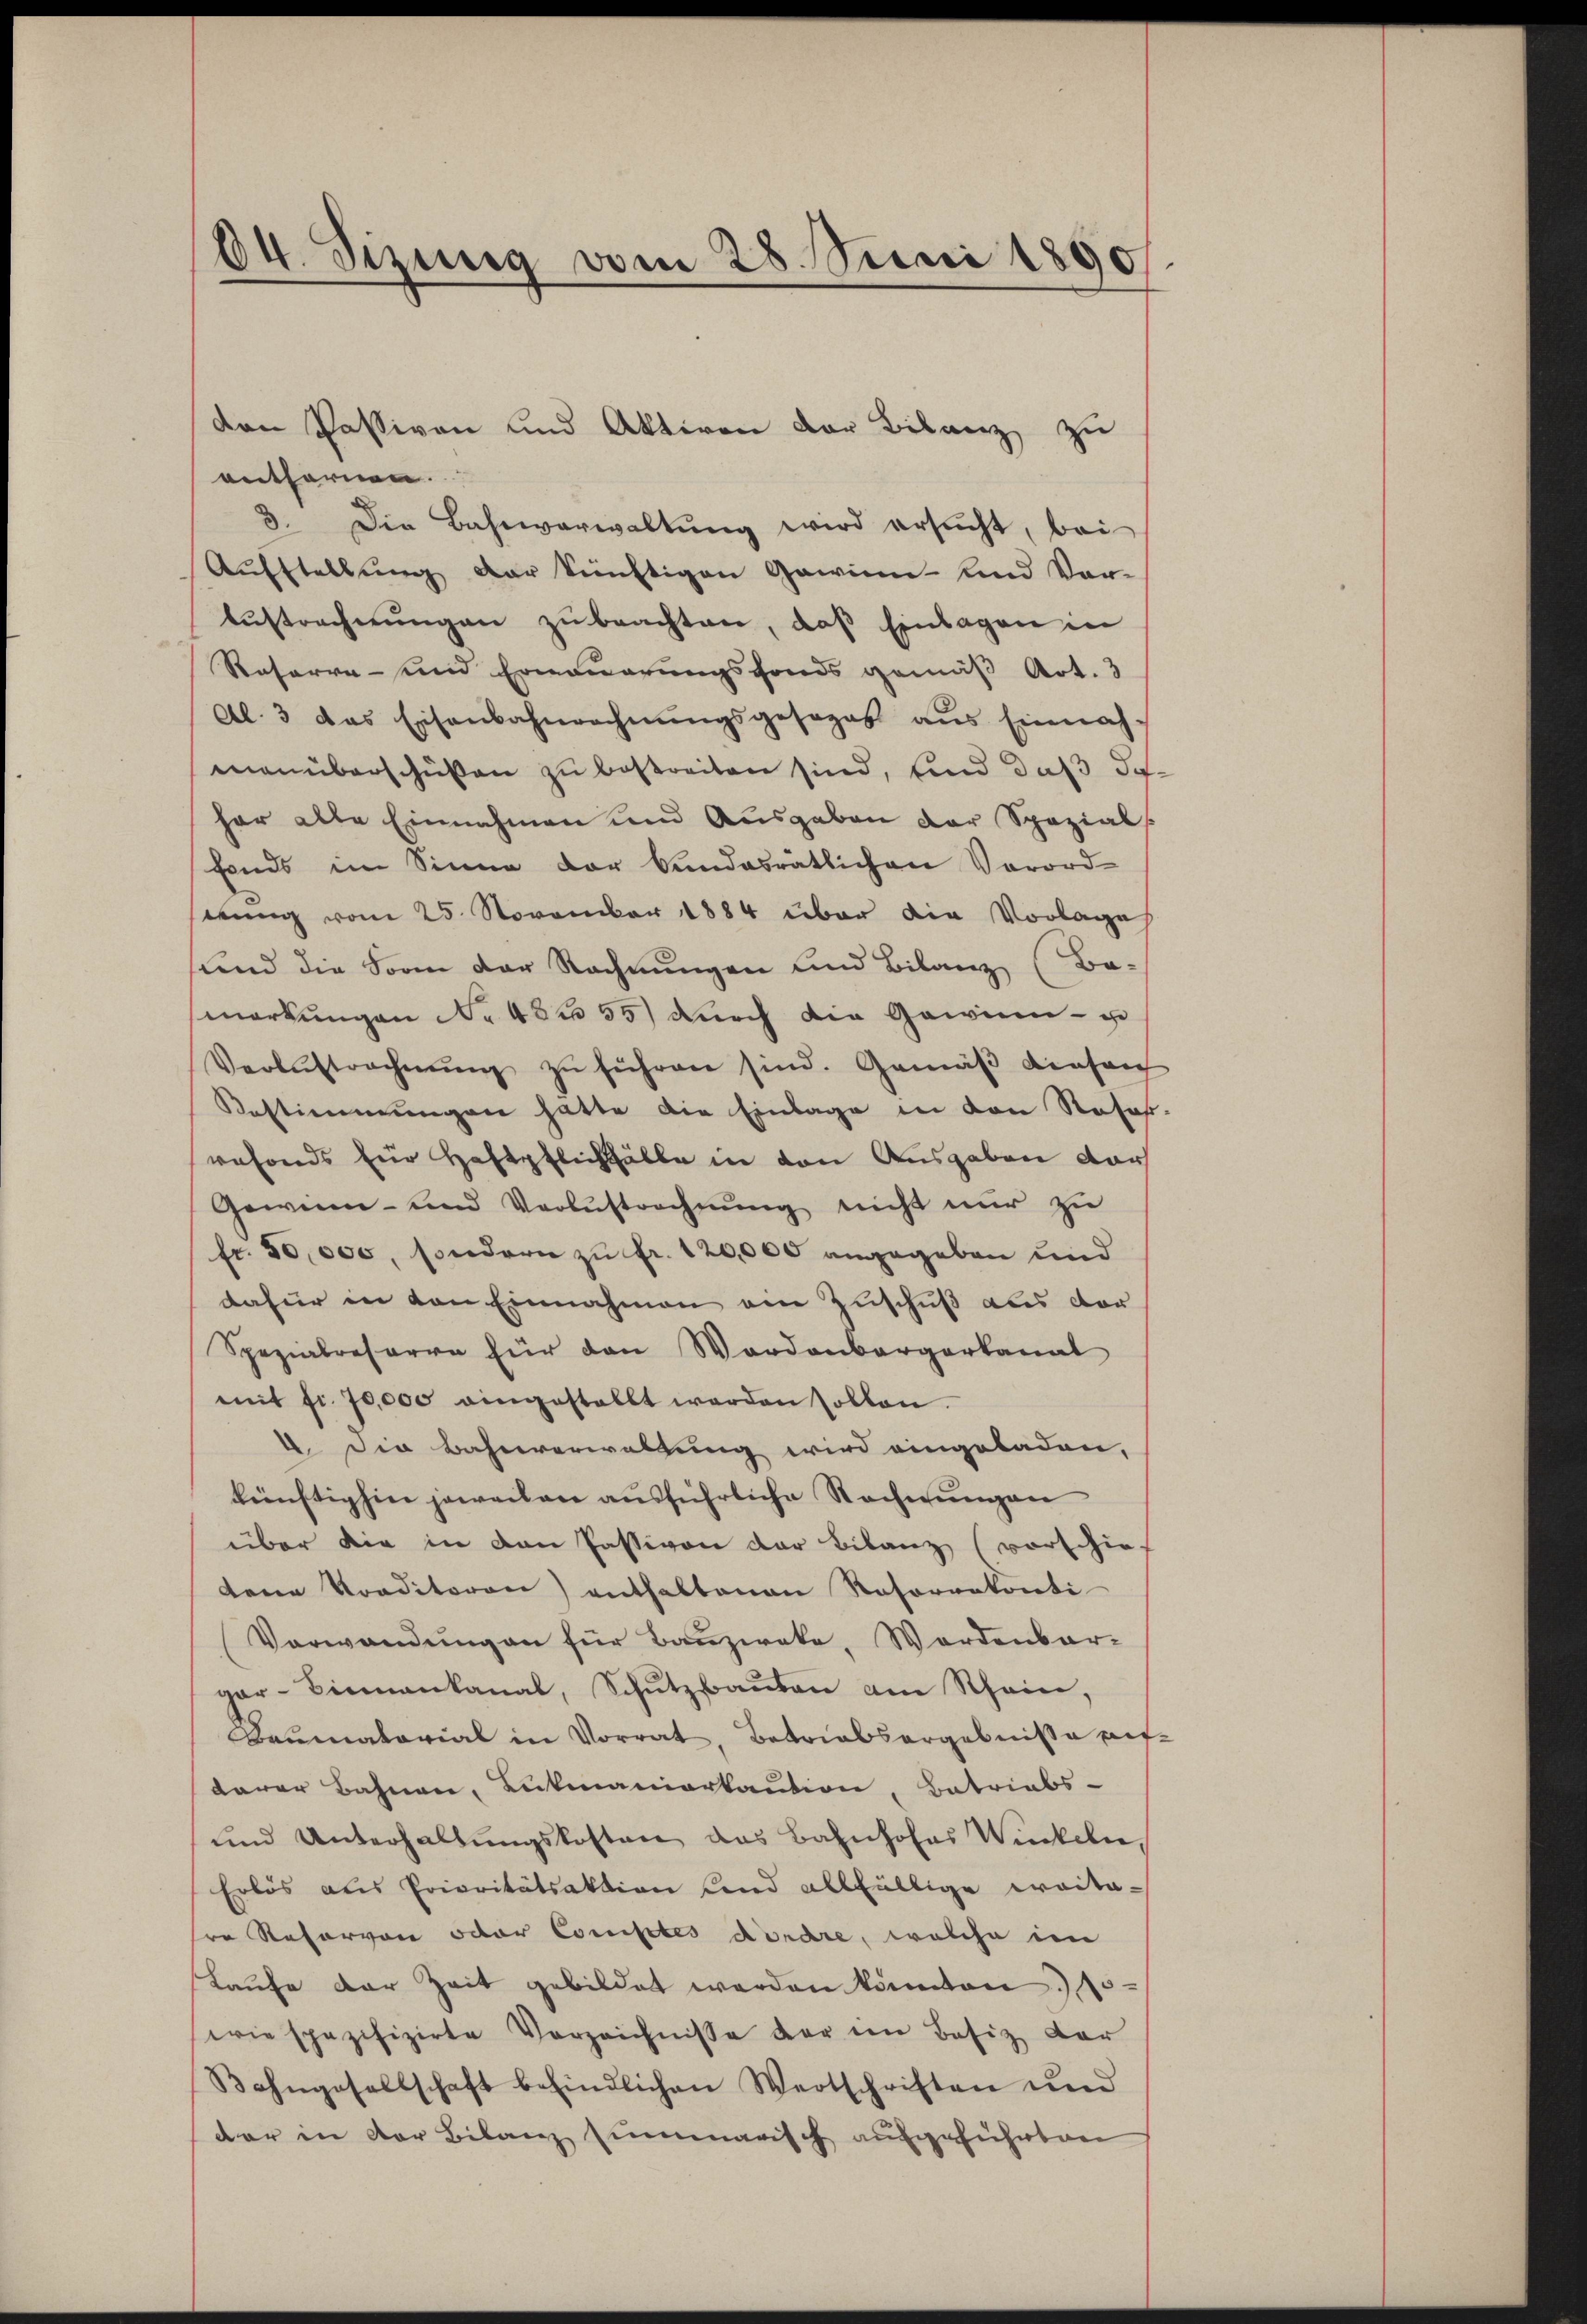
84. Sizung vom 28. Juni 1890

entfernen.
3. Die Bahnarwaltŭng wird ersucht, bei
Aufstellung der künftigen Gawinn- und Vor-
Aŭstrechnŭngen zŭ beachten, daß Einlagen in
Reserve- und Erneuerungsfonds gemäß Art. 3
Al. 3 das Eisenbahnrechnŭngsgesages aus Einnahmenüberschüßen zu bestreiten sind, und daß da
har alle Einnahmen und Ausgaben der Spezial
fonds im Sinne der Bundesrätlichen Verord-
wung vom 25. November 1884 über die Vorlages
und die Sonne der Rechnungen und Bilanz (Ba-
merkungen No 484 35) durch die Gewinn- u
Verlustrechnŭng zŭ führen sind. Gemäβ densan
Bestimmungen hatte die Einlage in von Rosof
vefonds für Haftpflichhälle in den Ausgaben dar
Gewinn- und Verlustrechnŭng nicht nŭr zŭ
fr. 50,000, sondern zu fr. 120,000 angegeben und
dafür in von Einnahmen ein Zuschuß aus der
Spezialresarre für den Wordenbergerkanal
mit fr. 70,000 eingestellt werden sollen.
2. Die Bahnverwaltung wird eingeladen.
künftighin jeweilen ausführliche Rechnungen
über die in den Passiven der Bilanz vorschie-
dene Preditoren) enthaltenen Rasorrekonti
Verwandŭng an für Bauzweke, Werdenbar-
gar-Einnankanal, Schŭtzbaŭten am Schein,
Baumatorial in Vorrat, Betriabsorgebnisse auf
darer Bahnen, Lukmaniarkaution, Betriebs-
und Unterhaltŭngskosten das Bahnhofes Winkeln,
Erlös aus Prioritätsaktion und allfällige weitere Reservon oder Comptes dorare, welche im
Laŭfe der Zeit gebildet werden kannten
wie spezifizirte Verzeichnisse der im Besiz dar
Bahngesellschaft befindlichen Wertschriften ŭm
dar in der Bilanz summarisch ausgeführten

den Passiven und Aktiven der Bilanz zu